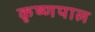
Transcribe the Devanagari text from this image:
कृष्णपाल